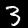
Digit: 3